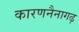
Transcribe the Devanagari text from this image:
कारणनैनागढ़